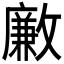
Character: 𣀊